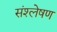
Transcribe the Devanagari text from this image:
संश्‍लेषण